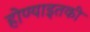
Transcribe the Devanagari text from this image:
होण्याइतकी